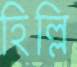
হিল্লি